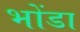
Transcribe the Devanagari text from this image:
भोंडा